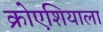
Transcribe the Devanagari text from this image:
क्रोएशियाला